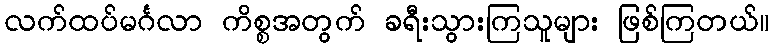
လက်ထပ်မင်္ဂလာ ကိစ္စအတွက် ခရီးသွားကြသူများ ဖြစ်ကြတယ်။